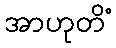
အာဟုတိံ